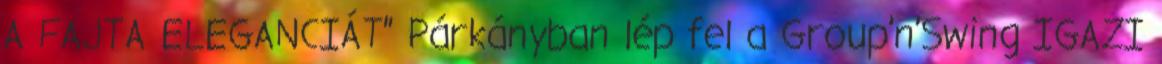
A FAJTA ELEGANCIÁT” Párkányban lép fel a Group’n’Swing IGAZI